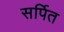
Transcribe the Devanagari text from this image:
सर्पित